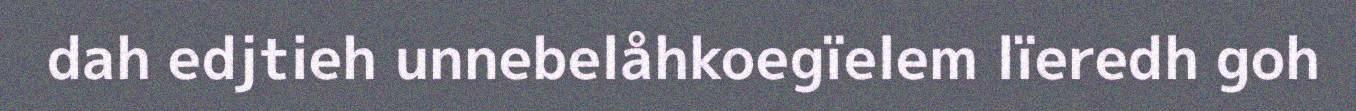
dah edjtieh unnebelåhkoegïelem lïeredh goh